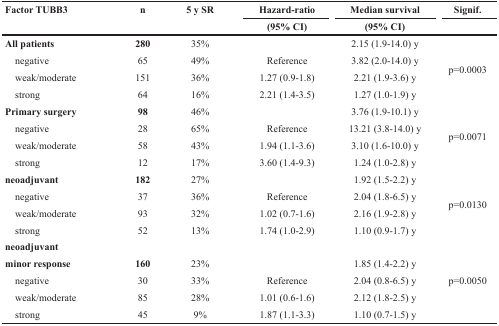
| <ROWSPAN=2> Factor TUBB3 | <ROWSPAN=2> n | <ROWSPAN=2> 5 y SR | Hazard-ratio | Median survival | Signif. |
 | (95% CI) | (95% CI) |  |
 | --- | --- | --- | --- | --- | --- |
 | All patients | 280 | 35% |  | 2.15 (1.9-14.0) y | <ROWSPAN=4> p=0.0003 |
 | negative | 65 | 49% | Reference | 3.82 (2.0-14.0) y |
 | weak/moderate | 151 | 36% | 1.27 (0.9-1.8) | 2.21 (1.9-3.6) y |
 | strong | 64 | 16% | 2.21 (1.4-3.5) | 1.27 (1.0-1.9) y |
 | Primary surgery | 98 | 46% |  | 3.76 (1.9-10.1) y | <ROWSPAN=4> p=0.0071 |
 | negative | 28 | 65% | Reference | 13.21 (3.8-14.0) y |
 | weak/moderate | 58 | 43% | 1.94 (1.1-3.6) | 3.10 (1.6-10.0) y |
 | strong | 12 | 17% | 3.60 (1.4-9.3) | 1.24 (1.0-2.8) y |
 | neoadjuvant | 182 | 27% |  | 1.92 (1.5-2.2) y | <ROWSPAN=4> p=0.0130 |
 | negative | 37 | 36% | Reference | 2.04 (1.8-6.5) y |
 | weak/moderate | 93 | 32% | 1.02 (0.7-1.6) | 2.16 (1.9-2.8) y |
 | strong | 52 | 13% | 1.74 (1.0-2.9) | 1.10 (0.9-1.7) y |
 | neoadjuvant |  |  |  |  |  |
 | minor response | 160 | 23% |  | 1.85 (1.4-2.2) y | <ROWSPAN=4> p=0.0050 |
 | negative | 30 | 33% | Reference | 2.04 (0.8-6.5) y |
 | weak/moderate | 85 | 28% | 1.01 (0.6-1.6) | 2.12 (1.8-2.5) y |
 | strong | 45 | 9% | 1.87 (1.1-3.3) | 1.10 (0.7-1.5) y |